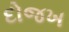
દોજખ